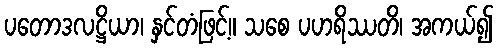
ပတောဒလဋ္ဌိယာ၊ နှင်တံဖြင့်။ သစေ ပဟရိဿတိ၊ အကယ်၍